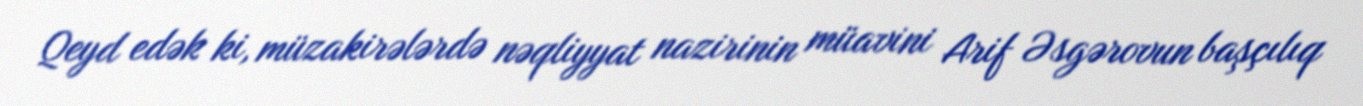
Qeyd edək ki, müzakirələrdə nəqliyyat nazirinin müavini Arif Əsgərovun başçılıq